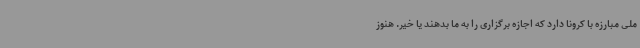
ملی مبارزه با کرونا دارد که اجازه برگزاری را به ما بدهند یا خیر. هنوز